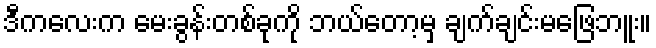
ဒီကလေးက မေးခွန်းတစ်ခုကို ဘယ်တော့မှ ချက်ချင်းမဖြေဘူး။